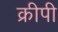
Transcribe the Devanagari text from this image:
क्रीपी